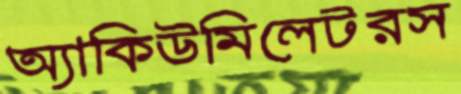
অ্যাকিউমিলেটরস